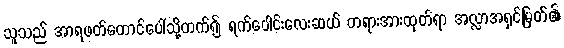
သူသည် အာရဖတ်တောင်ပေါ်သို့တက်၍ ရက်ပေါင်းလေးဆယ် တရားအားထုတ်ရာ အလ္လာအရှင်မြတ်၏